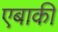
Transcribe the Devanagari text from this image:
एबाकी